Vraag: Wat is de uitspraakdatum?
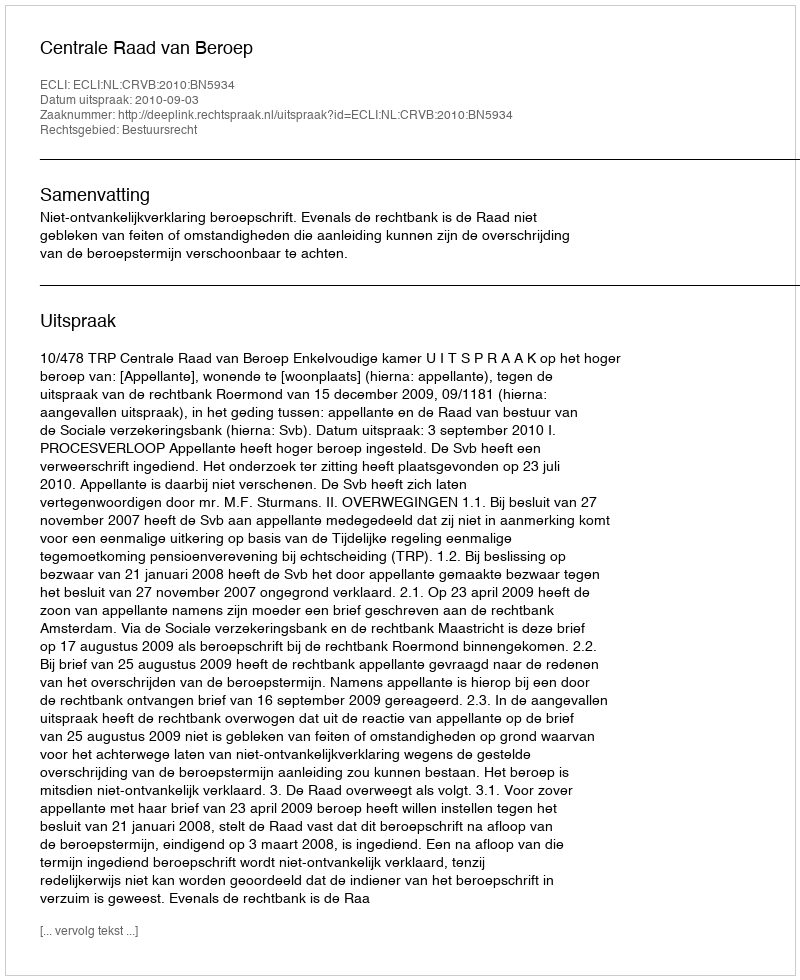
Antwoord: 2010-09-03